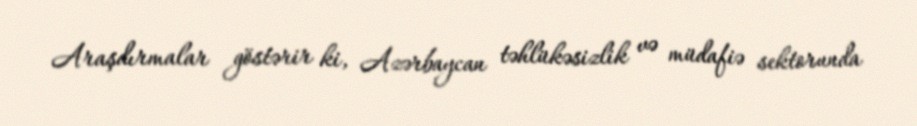
Araşdırmalar göstərir ki, Azərbaycan təhlükəsizlik və müdafiə sektorunda